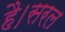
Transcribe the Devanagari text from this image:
है।सरल